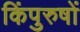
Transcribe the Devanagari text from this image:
किंपुरुषों